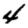
Digit: 4